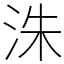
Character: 洙